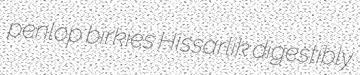
penlop birkies Hissarlik digestibly